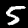
Label: 5